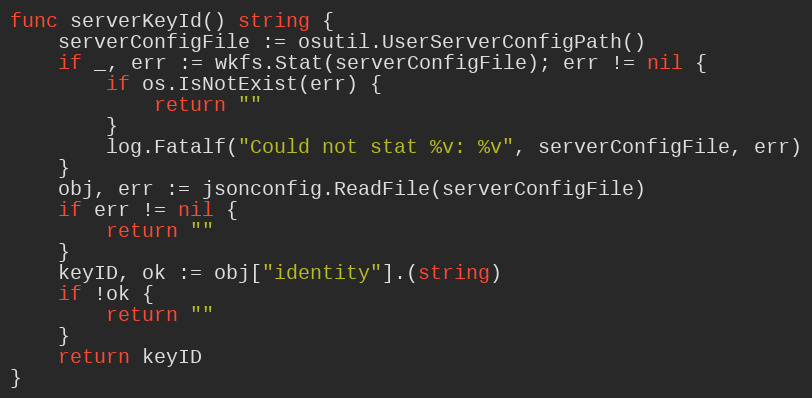
Language: Go
func serverKeyId() string {
	serverConfigFile := osutil.UserServerConfigPath()
	if _, err := wkfs.Stat(serverConfigFile); err != nil {
		if os.IsNotExist(err) {
			return ""
		}
		log.Fatalf("Could not stat %v: %v", serverConfigFile, err)
	}
	obj, err := jsonconfig.ReadFile(serverConfigFile)
	if err != nil {
		return ""
	}
	keyID, ok := obj["identity"].(string)
	if !ok {
		return ""
	}
	return keyID
}